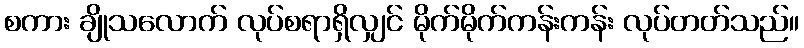
စကား ချိုသလောက် လုပ်စရာရှိလျှင် မိုက်မိုက်ကန်းကန်း လုပ်တတ်သည်။